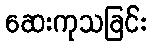
ဆေးကုသခြင်း